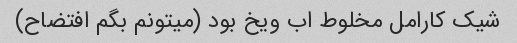
شیک کارامل مخلوط اب ویخ بود (میتونم بگم افتضاح)